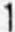
1